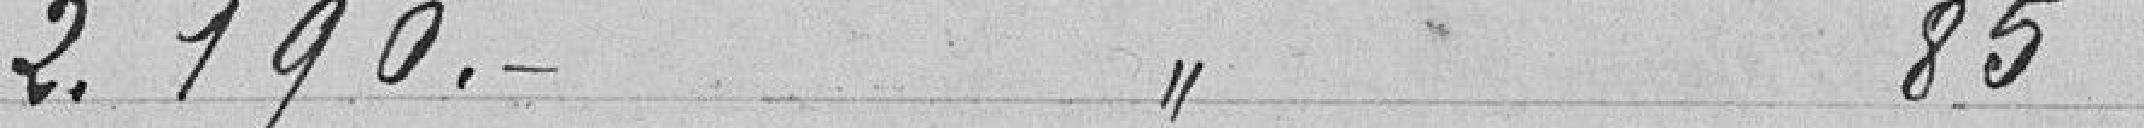
2.190. 85